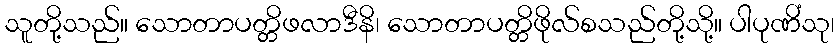
သူတို့သည်။ သောတာပတ္တိဖလာဒီနိ၊ သောတာပတ္တိဖိုလ်စသည်တို့သို့။ ပါပုဏိံသု၊